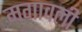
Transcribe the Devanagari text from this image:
मगावली